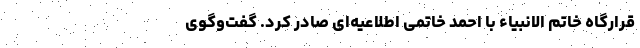
قرارگاه خاتم الانبیاء با احمد خاتمی اطلاعیه‌ای صادر کرد. گفت‌وگوی